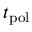
t _ { \mathrm { p o l } }